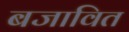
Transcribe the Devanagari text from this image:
बजावित